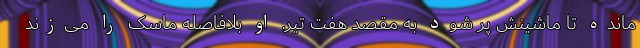
مانده تا ماشینش پر شود به مقصد هفت‌ تیر. او بلافاصله ماسک را می‌زند